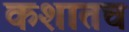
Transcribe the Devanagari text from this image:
कशातच